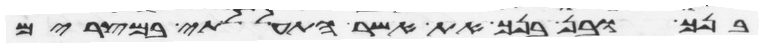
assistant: בנך ובן בנך את אשר התעללתי במצרים